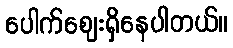
ပေါက်ဈေးရှိနေပါတယ်။